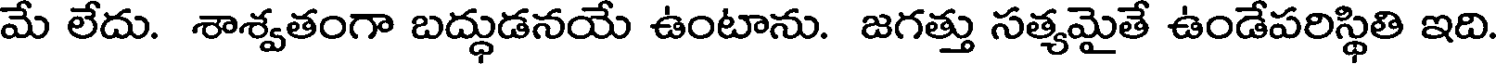
మే లేదు. శాశ్వతంగా బద్ధుడనయే ఉంటాను. జగత్తు సత్యమైతే ఉండేపరిస్థితి ఇది